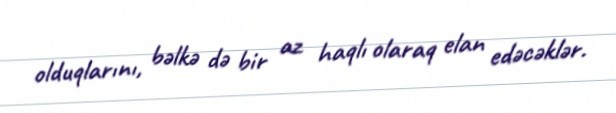
olduqlarını, bəlkə də bir az haqlı olaraq elan edəcəklər.